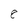
Character: 8